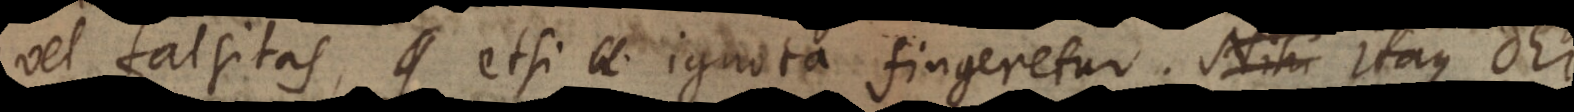
vel falsitas, etsi ignota fingeretur. Nihi Itaque De